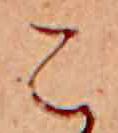
こ